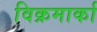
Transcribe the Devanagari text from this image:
विक्रमार्का